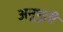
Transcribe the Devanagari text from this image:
अनूभुती